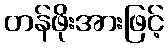
တန်ဖိုးအားဖြင့်